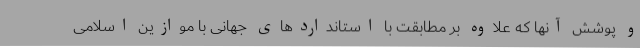
و پوشش آنها که علاوه بر مطابقت با استانداردهای جهانی با موازین اسلامی